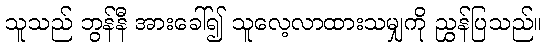
သူသည် ဘွန်နီ အားခေါ်၍ သူလေ့လာထားသမျှကို ညွှန်ပြသည်။